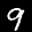
Label: 9